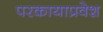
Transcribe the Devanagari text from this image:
परकायाप्रवेश